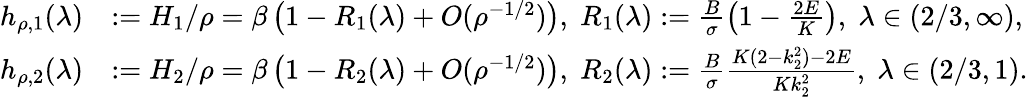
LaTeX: \begin{array}{rl}{h_{\rho,1}(\lambda)}&{:=H_{1}/\rho=\beta\left(1-R_{1}(\lambda)+O(\rho^{-1/2})\right),\; R_{1}(\lambda):=\frac{B}{\sigma}\left(1-\frac{2E}{K}\right),\; \lambda\in(2/3,\infty),}\\ {h_{\rho,2}(\lambda)}&{:=H_{2}/\rho=\beta\left(1-R_{2}(\lambda)+O(\rho^{-1/2})\right),\; R_{2}(\lambda):=\frac{B}{\sigma}\frac{K(2-k_{2}^{2})-2E}{Kk_{2}^{2}},\; \lambda\in(2/3,1).}\end{array}